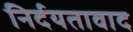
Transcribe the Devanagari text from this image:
निर्दयतावाद